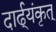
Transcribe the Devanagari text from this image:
दार्ढ्‌यंकृत्